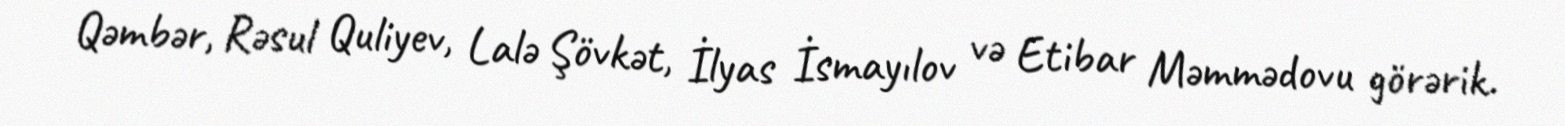
Qəmbər, Rəsul Quliyev, Lalə Şövkət, İlyas İsmayılov və Etibar Məmmədovu görərik.